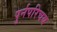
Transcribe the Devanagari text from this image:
पुर्नपरिचय